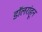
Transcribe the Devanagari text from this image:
डॉलरांहून